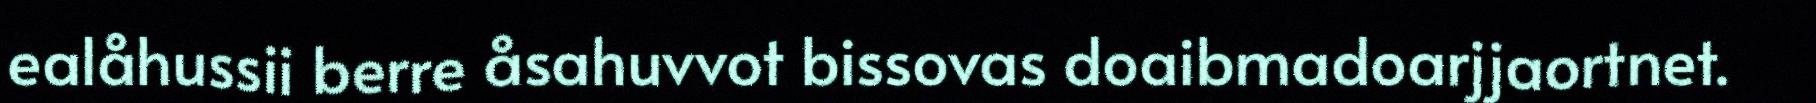
ealåhussii berre åsahuvvot bissovas doaibmadoarjjaortnet.